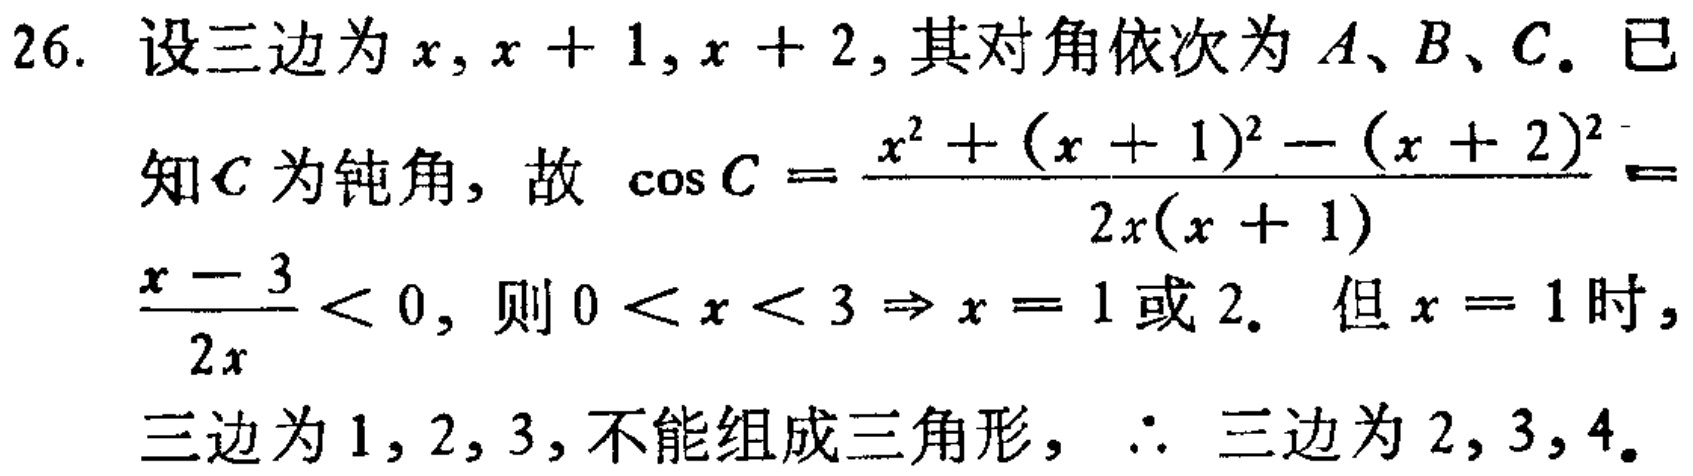
26. 设三边为\(x,x + 1,x + 2\), 其对角依次为\(A、B、C\). 已
知\(C\)为钝角, 故 \(\cos C=\frac{x^{2}+(x + 1)^{2}-(x + 2)^{2}}{2x(x + 1)}=\)
\(\frac{x - 3}{2x}<0\), 则 \(0<x<3\Rightarrow x = 1\)或\(2\). 但\(x = 1\)时,
三边为\(1,2,3\), 不能组成三角形, \(\therefore\) 三边为\(2,3,4\).